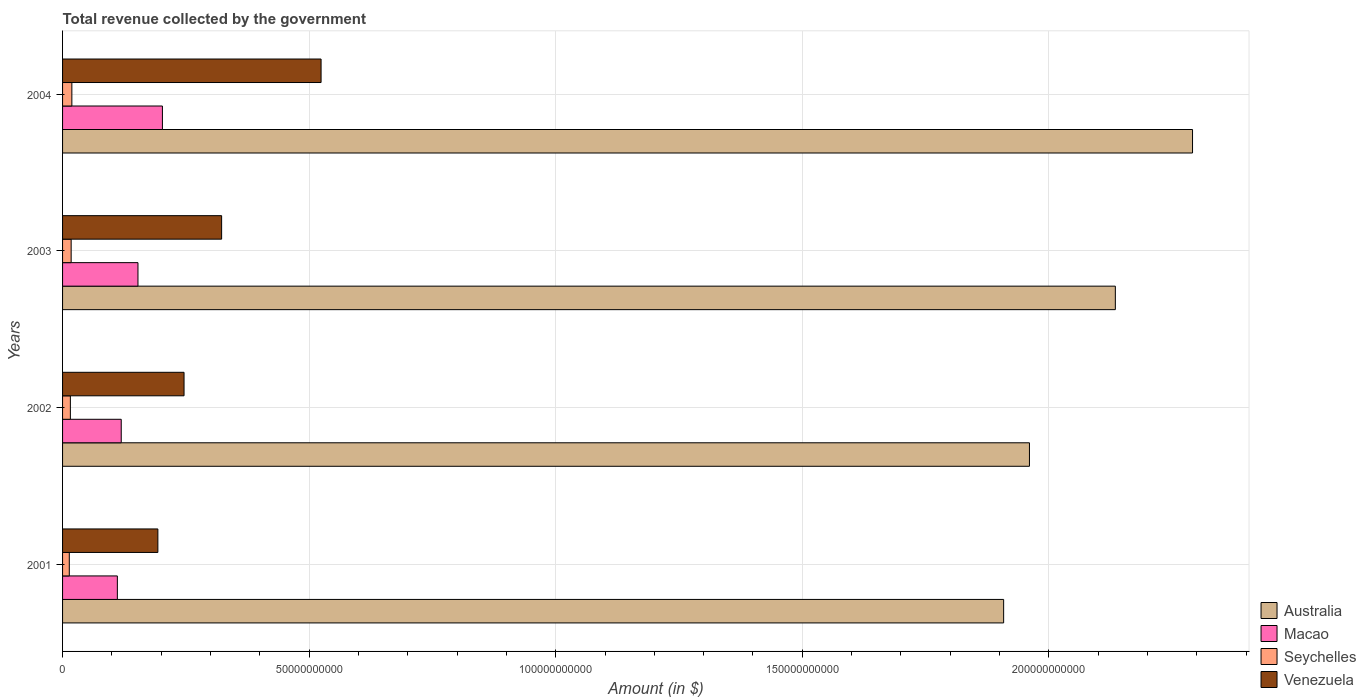
| Years | Australia | Macao | Seychelles | Venezuela |
 | --- | --- | --- | --- | --- |
 | 2001 | 1.91e+11 | 1.11e+10 | 1.36e+09 | 1.93e+10 |
 | 2002 | 1.96e+11 | 1.19e+10 | 1.58e+09 | 2.46e+10 |
 | 2003 | 2.13e+11 | 1.53e+10 | 1.74e+09 | 3.23e+10 |
 | 2004 | 2.29e+11 | 2.02e+10 | 1.88e+09 | 5.24e+10 |